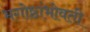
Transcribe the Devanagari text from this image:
भगोष्ठांभोवती